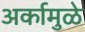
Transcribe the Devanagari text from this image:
अर्कामुळे